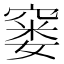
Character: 窭